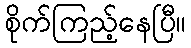
စိုက်ကြည့်နေပြီ။